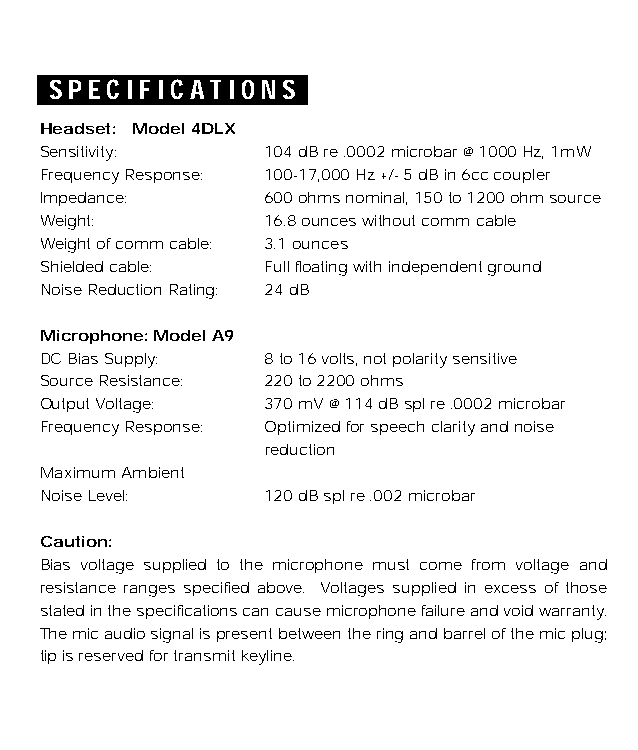
SPECIFICATIONS
 Headset: Model 4DLX
 Sensitivity:   104 dB re .0002 microbar @ 1000 Hz, 1mW
 Frequency Response: 100-17,000 Hz +/- 5 dB in 6cc coupler
 Impedance:     600 ohms nominal, 150 to 1200 ohm source
 Weight:        16.8 ounces without comm cable
 Weight of comm cable: 3.1 ounces
 Shielded cable: Full floating with independent ground
 Noise Reduction Rating: 24 dB
 Microphone: Model A9
 DC Bias Supply: 8 to 16 volts, not polarity sensitive
 Source Resistance: 220 to 2200 ohms
 Output Voltage: 370 mV @ 114 dB spl re .0002 microbar
 Frequency Response: Optimized for speech clarity and noise
 reduction
 Maximum Ambient
 Noise Level:   120 dB spl re .002 microbar
 Caution:
 Bias voltage supplied to the microphone must come from voltage and
 resistance ranges specified above. Voltages supplied in excess of those
 stated in the specifications can cause microphone failure and void warranty.
 The mic audio signal is present between the ring and barrel of the mic plug;
 tip is reserved for transmit keyline.